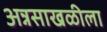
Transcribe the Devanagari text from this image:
अन्नसाखळीला